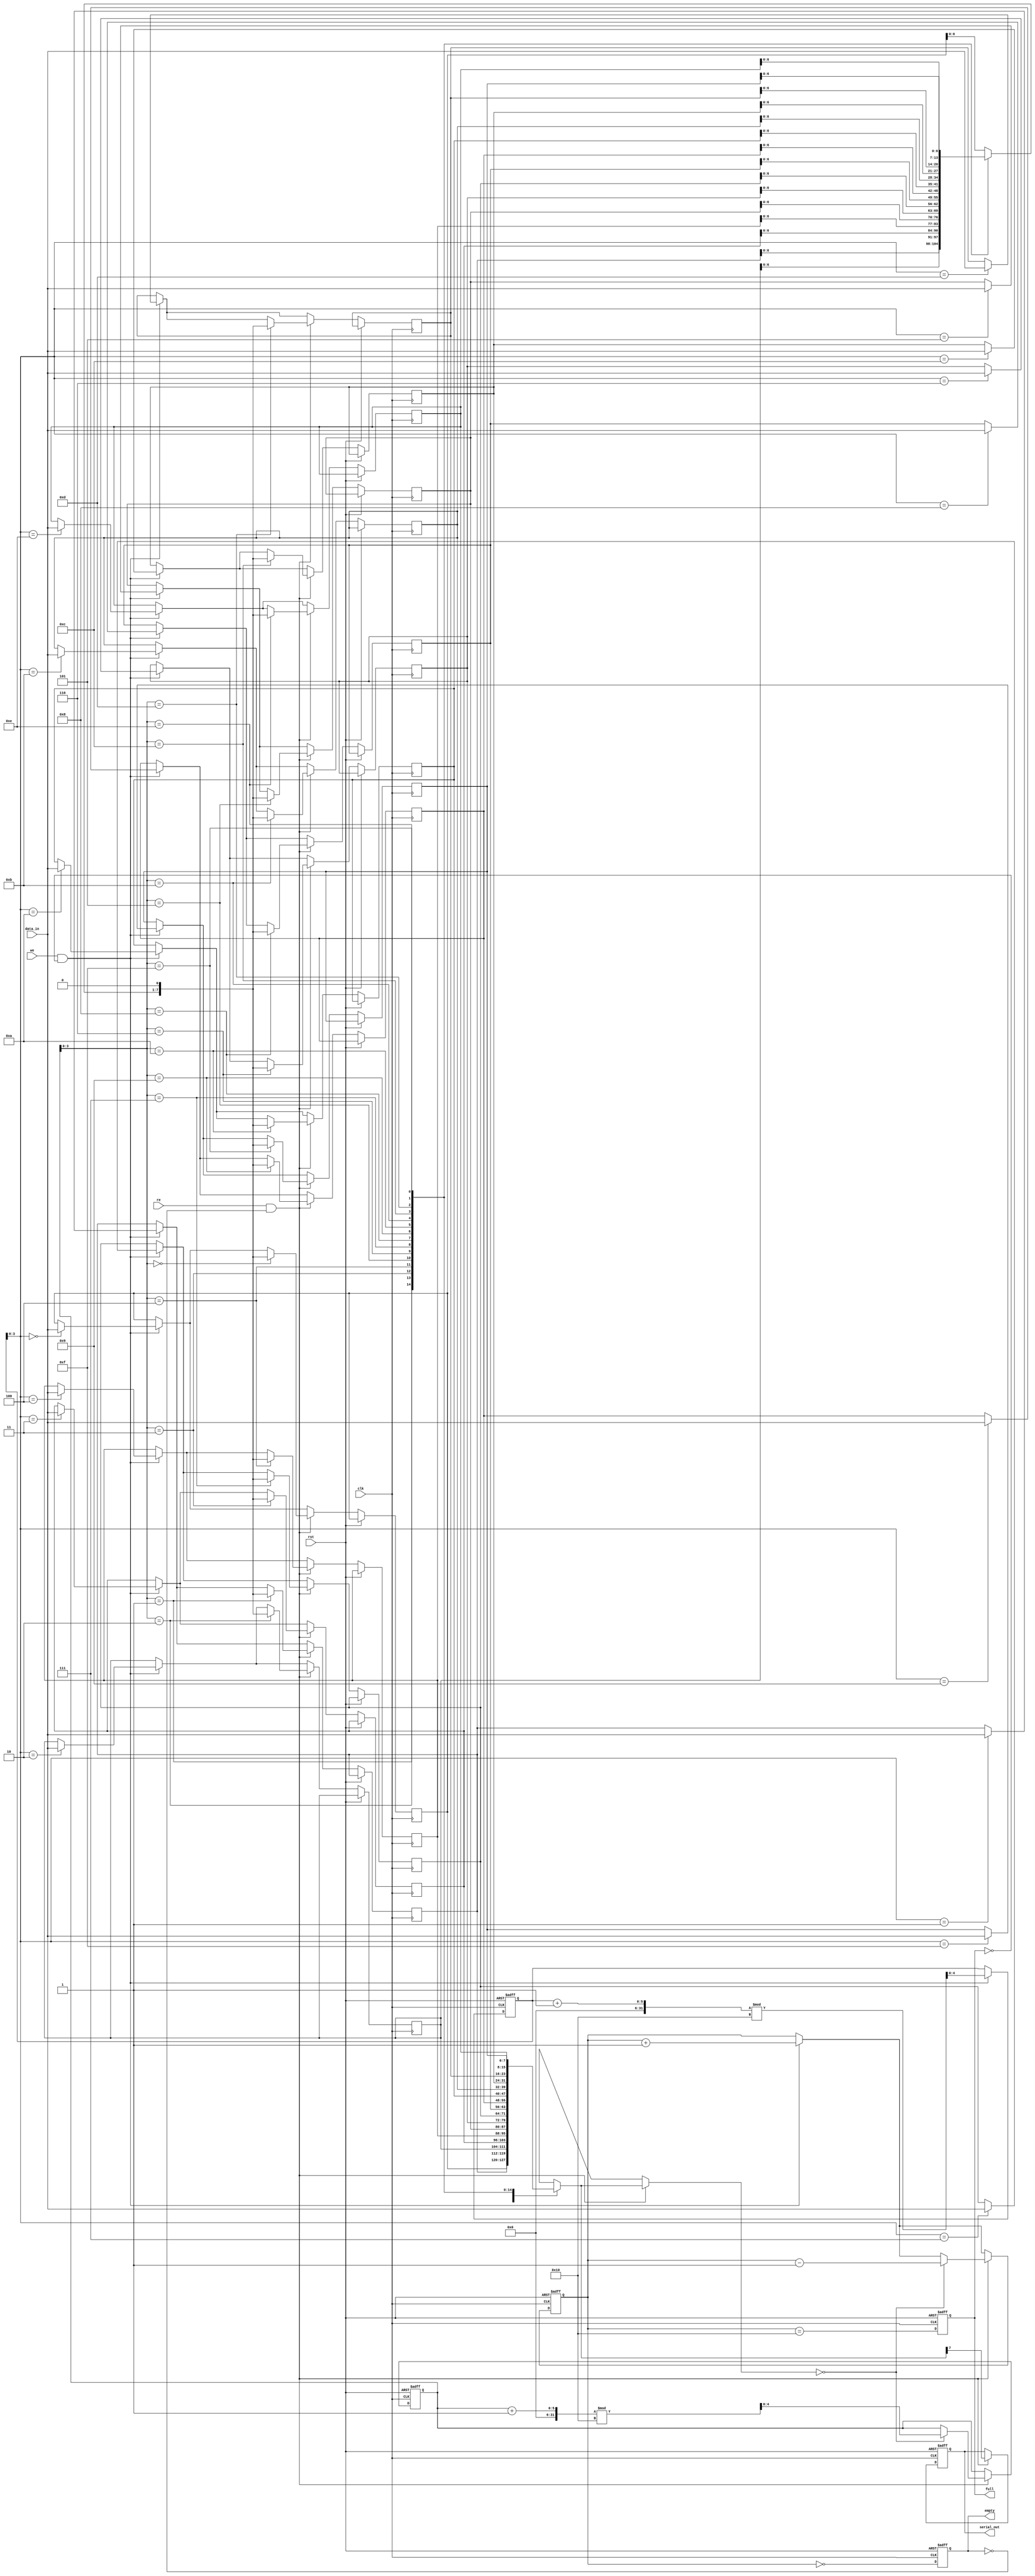
module fifo_piso #(
    parameter N = 8,         // Width of the data
    parameter DEPTH = 16     // Depth of the FIFO
)(
    input wire clk,          // Clock signal
    input wire rst,          // Asynchronous reset
    input wire we,           // Write enable
    input wire re,           // Read enable
    input wire [N-1:0] data_in, // Parallel input data
    output reg serial_out,    // Serial output
    output reg full,          // Full flag
    output reg empty          // Empty flag
);

    // Internal storage for the FIFO
    reg [N-1:0] fifo_mem [0:DEPTH-1];
    reg [4:0] write_ptr;      // Write pointer
    reg [4:0] read_ptr;       // Read pointer
    reg [4:0] count;          // Number of elements in the FIFO

    // Asynchronous reset
    always @(posedge clk or posedge rst) begin
        if (rst) begin
            write_ptr <= 0;
            read_ptr <= 0;
            count <= 0;
            full <= 0;
            empty <= 1;
            serial_out <= 0;
        end else begin
            // Write operation
            if (we && !full) begin
                fifo_mem[write_ptr] <= data_in;
                write_ptr <= (write_ptr + 1) % DEPTH;
                count <= count + 1;
            end
            
            // Read operation
            if (re && !empty) begin
                serial_out <= fifo_mem[read_ptr][N-1]; // Output the MSB first
                fifo_mem[read_ptr] <= {fifo_mem[read_ptr][N-2:0], 1'b0}; // Shift left
                if (fifo_mem[read_ptr] == 0) begin
                    read_ptr <= (read_ptr + 1) % DEPTH;
                    count <= count - 1;
                end
            end
            
            // Update full and empty flags
            full <= (count == DEPTH);
            empty <= (count == 0);
        end
    end

endmodule